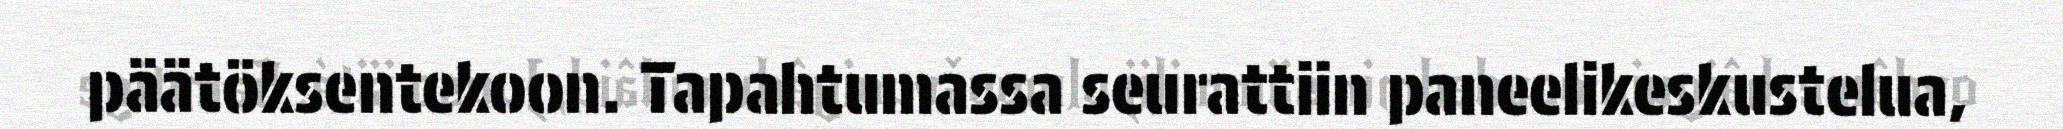
päätöksentekoon. Tapahtumassa seurattiin paneelikeskustelua,